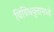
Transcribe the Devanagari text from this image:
विविधवृत्तामध्ये